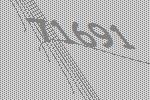
71691